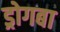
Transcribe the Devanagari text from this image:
ड्रोगबा